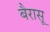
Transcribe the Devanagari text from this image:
बैरासू